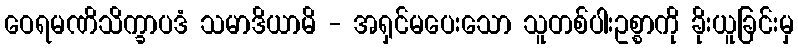
ဝေရမဏိသိက္ခာပဒံ သမာဒိယာမိ - အရှင်မပေးသော သူတစ်ပါးဥစ္စာကို ခိုးယူခြင်းမှ